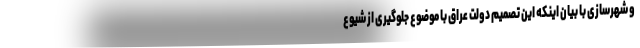
و شهرسازی با بیان اینکه این تصمیم دولت عراق با موضوع جلوگیری از شیوع